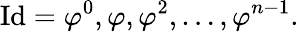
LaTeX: \mathrm{Id}=\varphi^{0},\varphi,\varphi^{2},\ldots,\varphi^{n-1}.